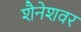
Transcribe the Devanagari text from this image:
शैनेशवर